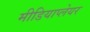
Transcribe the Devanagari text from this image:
मीडियाप्लेयर